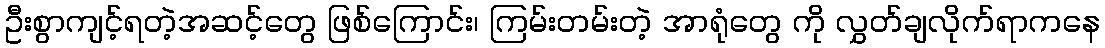
ဦးစွာကျင့်ရတဲ့အဆင့်တွေ ဖြစ်ကြောင်း၊ ကြမ်းတမ်းတဲ့ အာရုံတွေ ကို လွှတ်ချလိုက်ရာကနေ